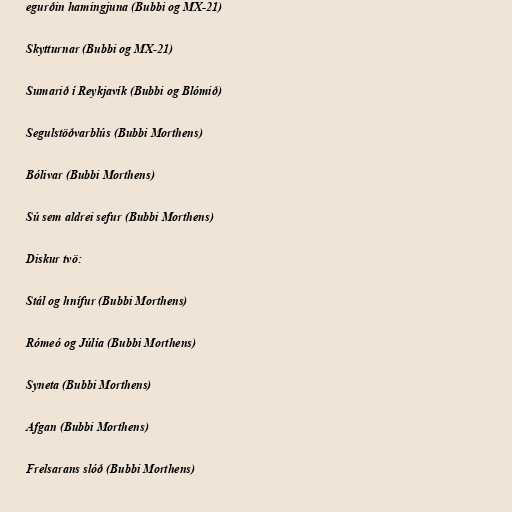
egurðin hamingjuna (Bubbi og MX-21)

Skytturnar (Bubbi og MX-21)

Sumarið í Reykjavík (Bubbi og Blómið)

Segulstöðvarblús (Bubbi Morthens)

Bólivar (Bubbi Morthens)

Sú sem aldrei sefur (Bubbi Morthens)

Diskur tvö:

Stál og hnífur (Bubbi Morthens)

Rómeó og Júlía (Bubbi Morthens)

Syneta (Bubbi Morthens)

Afgan (Bubbi Morthens)

Frelsarans slóð (Bubbi Morthens)